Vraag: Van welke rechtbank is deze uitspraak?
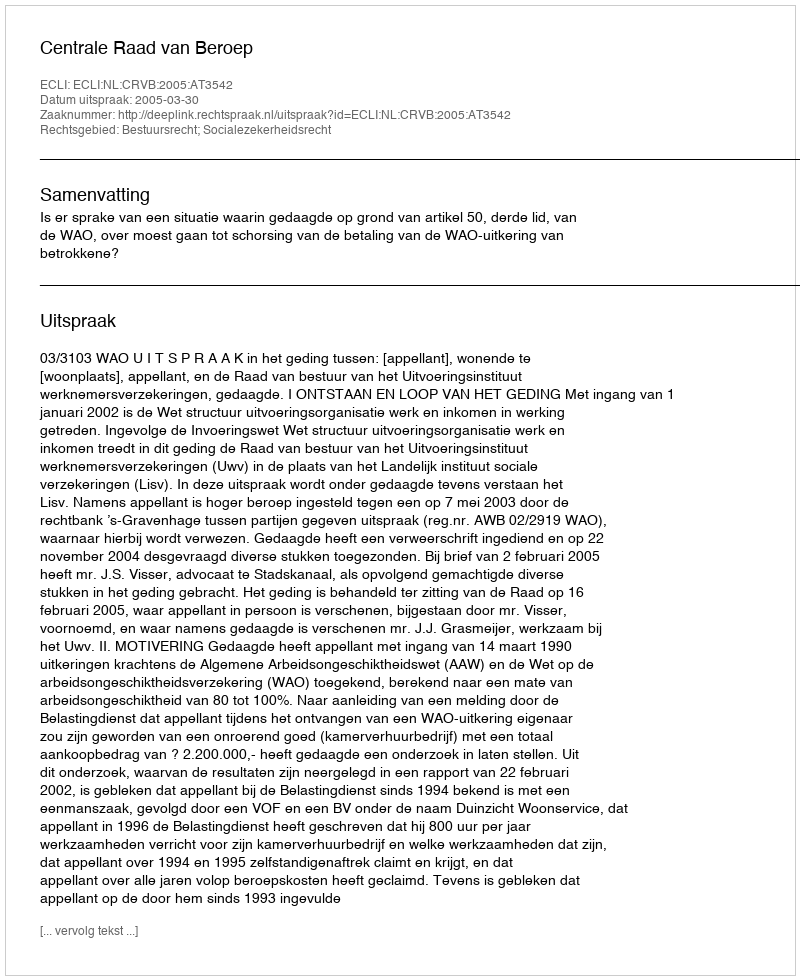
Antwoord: Centrale Raad van Beroep